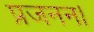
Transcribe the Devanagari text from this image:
प्रजनन।